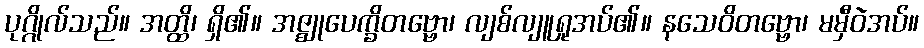
ပုဂ္ဂိုလ်သည်။ အတ္ထိ၊ ရှိ၏။ အဇ္ဈုပေက္ခိတဗ္ဗော၊ လျစ်လျူရှုအပ်၏။ နသေဝိတဗ္ဗော၊ မမှီဝဲအပ်။